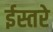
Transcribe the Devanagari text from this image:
ईस्तरे